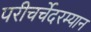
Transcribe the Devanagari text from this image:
परीचर्चेदरम्यान